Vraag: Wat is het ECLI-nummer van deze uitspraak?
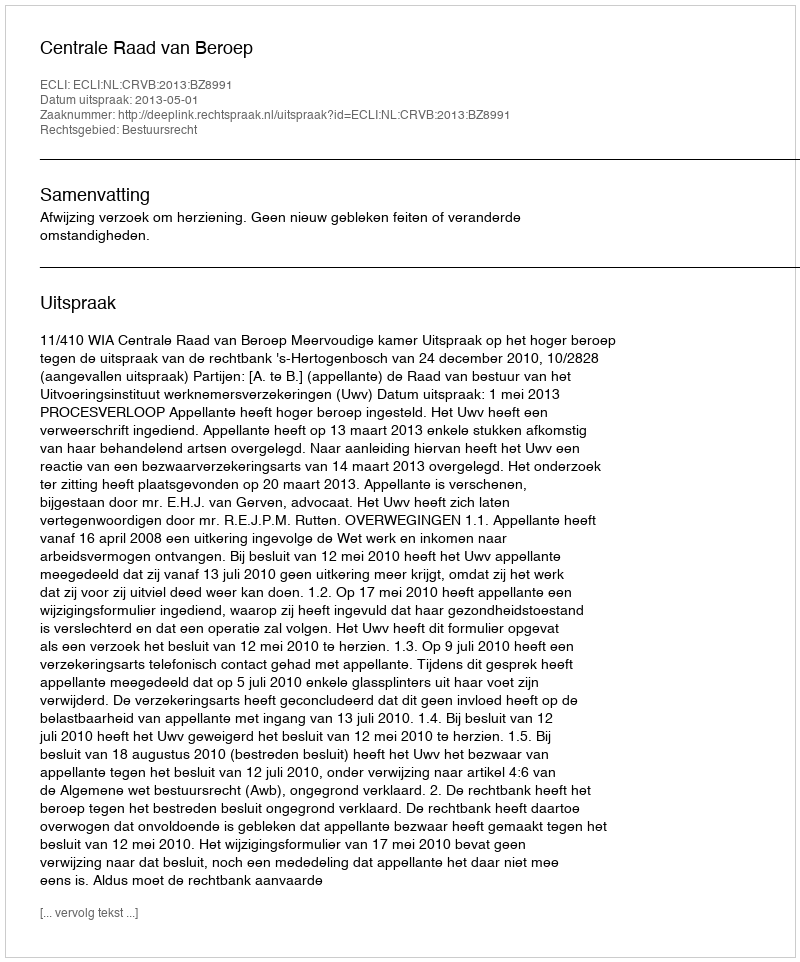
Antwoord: ECLI:NL:CRVB:2013:BZ8991